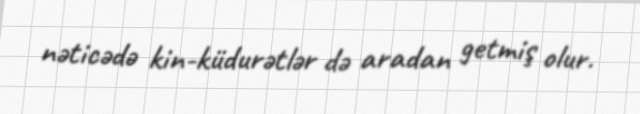
nəticədə kin-küdurətlər də aradan getmiş olur.